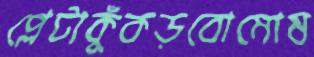
প্লেটাকুঁকড়বোমোষ